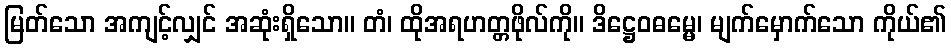
မြတ်သော အကျင့်လျှင် အဆုံးရှိသော။ တံ၊ ထိုအရဟတ္တဖိုလ်ကို။ ဒိဋ္ဌေဝဓမ္မေ၊ မျက်မှောက်သော ကိုယ်၏